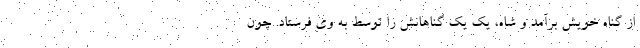
از گناه خویش برآمد و شاه، یک یکِ گناهانش را توسط به وی فرستاد. چون